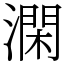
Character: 澖